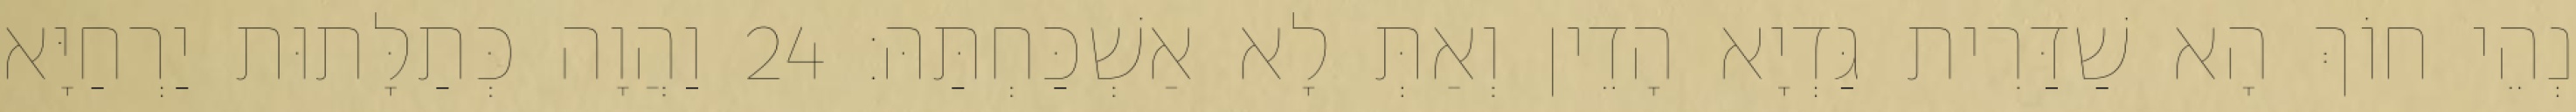
נְהֵי חוֹךְ הָא שַׁדַּרִית גַּדְיָא הָדֵין וְאַתְּ לָא אַשְׁכַּחְתַּהּ׃ 24 וַהֲוָה כְּתַלָּתוּת יַרְחַיָּא